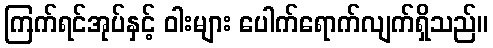
ကြက်ရင်အုပ်နှင့် ဝါးများ ပေါက်ရောက်လျက်ရှိသည်။